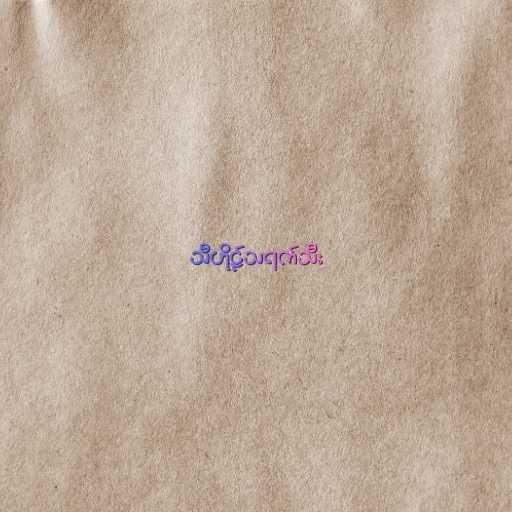
သီဟိုဠ်သရက်သီး